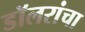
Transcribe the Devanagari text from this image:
डॉलरांचा